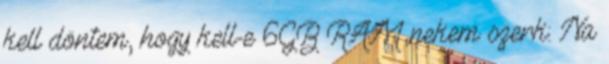
kell döntem, hogy kell-e 6GB RAM nekem szerk: Na